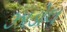
ઝાડોલ